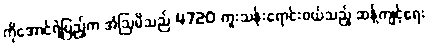
ကိုအောင်ရဲပြည့်က အံဩမိသည် 4720 ကူးသန်းရောင်းဝယ်သည့် ဆန့်ကျင့်ရေး